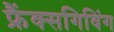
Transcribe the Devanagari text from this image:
फ्रैंक्सगिविंग